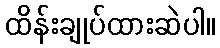
ထိန်းချုပ်ထားဆဲပါ။